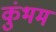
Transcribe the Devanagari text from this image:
कुंभम